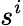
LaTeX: s^{i}